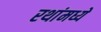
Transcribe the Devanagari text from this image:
रथांमध्ये